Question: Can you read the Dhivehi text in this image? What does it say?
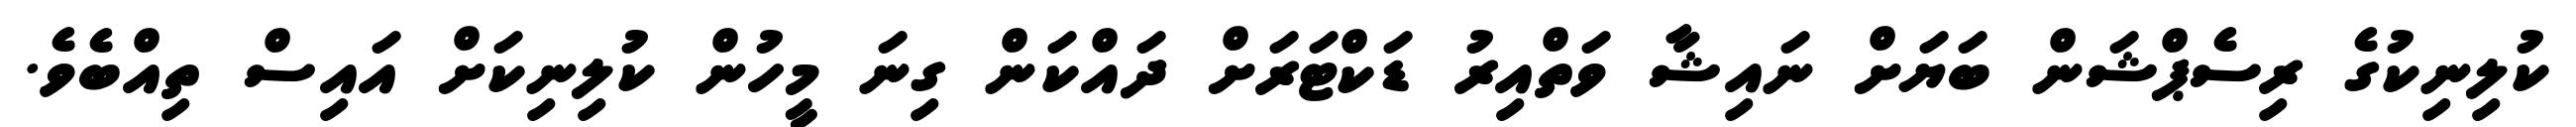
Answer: ކުލިނިކުގެ ރިސެޕްޝަން ބަޔަށް ނައިޝާ ވަތްއިރު ޑަކްޓަރަށް ދައްކަން ގިނަ މީހުން ކުލިނިކަށް އައިސް ތިއްބެވެ.